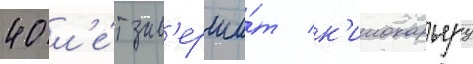
40 л'е́т зав'ерши́т к'инокарьеру